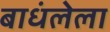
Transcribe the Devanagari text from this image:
बाधंलेला